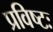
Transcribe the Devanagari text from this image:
प्रविष्टः